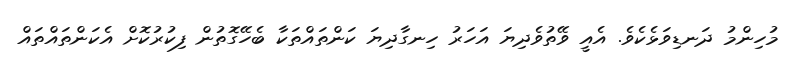
މުހިންމު ދަނޑިވަޅެކެވެ. އެއީ ވޭތުވެދިޔަ އަހަރު ހިނގާދިޔަ ކަންތައްތަކާ ބެހޭގޮތުން ފިކުރުކޮށް އެކަންތައްތައް